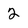
Character: 2